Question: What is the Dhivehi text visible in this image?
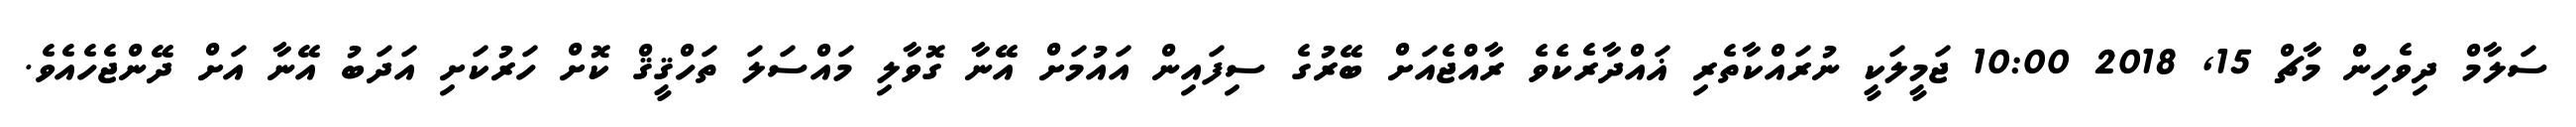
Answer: ސަލާމް ދިވެހިން މާޗް 15, 2018 10:00 ޖަމީލަކީ ނުރައްކާތެރި ޣައްދާރެކެވެ ރާއްޖެއަށް ބޭރުގެ ސިފައިން އައުމަށް އޭނާ ގޮވާލި މައްސަލަ ތަހްޤީޤް ކޮށް ހަރުކަށި އަދަބު އޭނާ އަށް ދޭންޖެހެއެވެ.